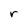
Character: r